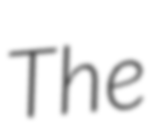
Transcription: The